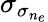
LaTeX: \sigma_{\sigma_{n_{e}}}